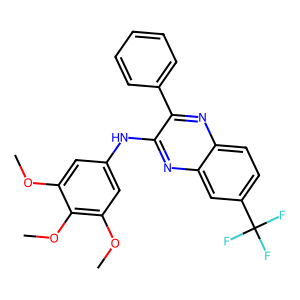
SMILES: COc1cc(Nc2nc3cc(C(F)(F)F)ccc3nc2-c2ccccc2)cc(OC)c1OC
Inhibits HIV replication: No